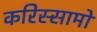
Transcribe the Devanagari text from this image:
करिस्सामो